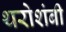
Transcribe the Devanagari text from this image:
थरोशंबी